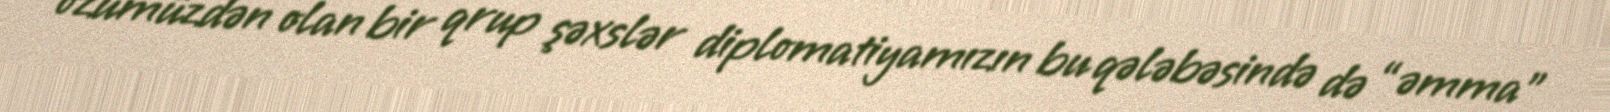
özümüzdən olan bir qrup şəxslər diplomatiyamızın bu qələbəsində də “əmma”